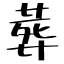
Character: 葬